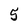
Character: 5